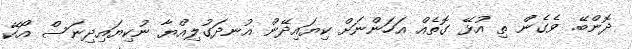
ދޮންބޭ. ވެގެން ތި އުޅޭ ގޮތެއް އަހަންނަށް ކިޔައިދޭން އުނދަގުލިއްޔާ ނުކިޔައިދިނަސް އޯކޭ